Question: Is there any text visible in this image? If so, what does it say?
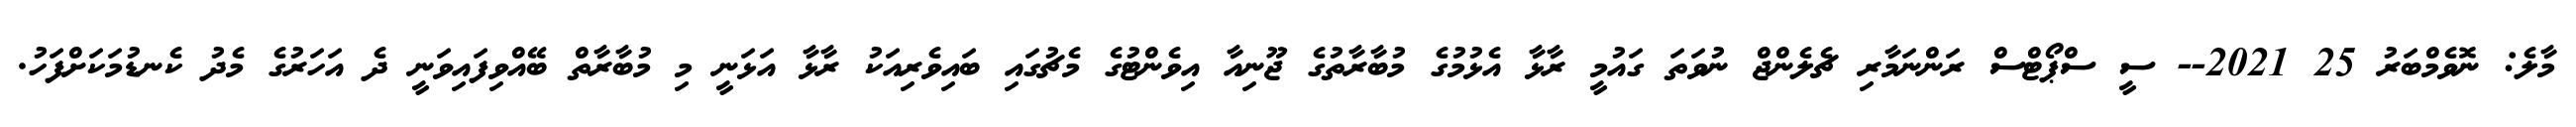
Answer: މާލެ: ނޮވެމްބަރު 25 2021-- ސީ ސްޕޯޓްސް ރަންނަމާރި ޗެލެންޖް ނުވަތަ ގައުމީ ރާޅާ އެޅުމުގެ މުބާރާތުގެ ޖޫނިއާ އިވެންޓުގެ މެޗުގައި ބައިވެރިއަކު ރާޅާ އަޅަނީ މި މުބާރާތް ބޭއްވިފައިވަނީ ދެ އަހަރުގެ މެދު ކެނޑުމަކަށްފަހު.